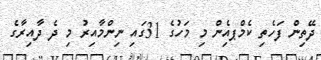
ދޭތިން ފަހެތި ކެމްޕއެިން މި މަހުގެ 31ގައި ނިންމާއިރު މި ދެ ދާއިރާގެ